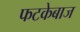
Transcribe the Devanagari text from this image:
फटकेबाज